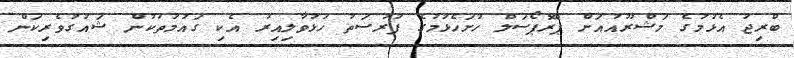
ބްރިޖު އެޅުމުގެ މަޝްރޫއުއަށް ޕްރޮޕޯސަލް ހުށަހެޅުމުގެ ފުރުސަތު ހުޅުވާލިއިރު އެކި ގައުމުތަކުން ޝައުގުވެރިކަން